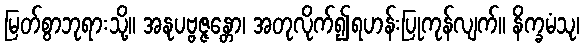
မြတ်စွာဘုရားသို့။ အနုပဗ္ဗဇ္ဇန္တော၊ အတုလိုက်၍ရဟန်းပြုကုန်လျက်။ နိက္ခမံသု၊